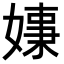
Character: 𡠑